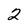
Character: 2